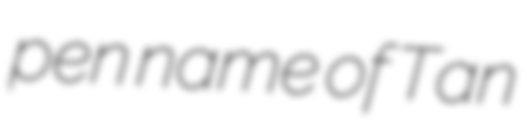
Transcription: pen name of Tan